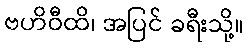
ဗဟိဝီထိ၊ အပြင် ခရီးသို့။